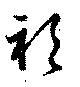
衫